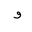
Letter: _waw